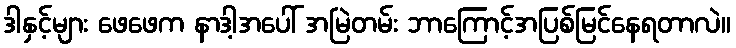
ဒါနှင့်များ ဖေဖေက နာဒါ့အပေါ် အမြဲတမ်း ဘာကြောင့်အပြစ်မြင်နေရတာလဲ။